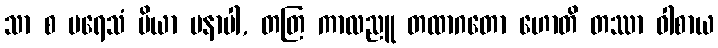
သာ စ ပရေသံ ပိယာ မနာပါ, တတြ ကာလညူ တထာဂတော ဟောတိ တဿာ ဝါစာယ